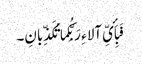
فَبِأَیِّ آلاء ِ رَبِّکُما تُکَذِّبانِ۔